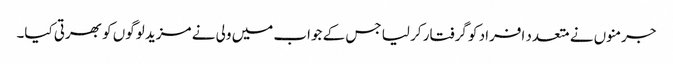
جرمنوں نے متعدد افراد کو گرفتار کر لیا جس کے جواب میں ولی نے مزید لوگوں کو بھرتی کیا۔